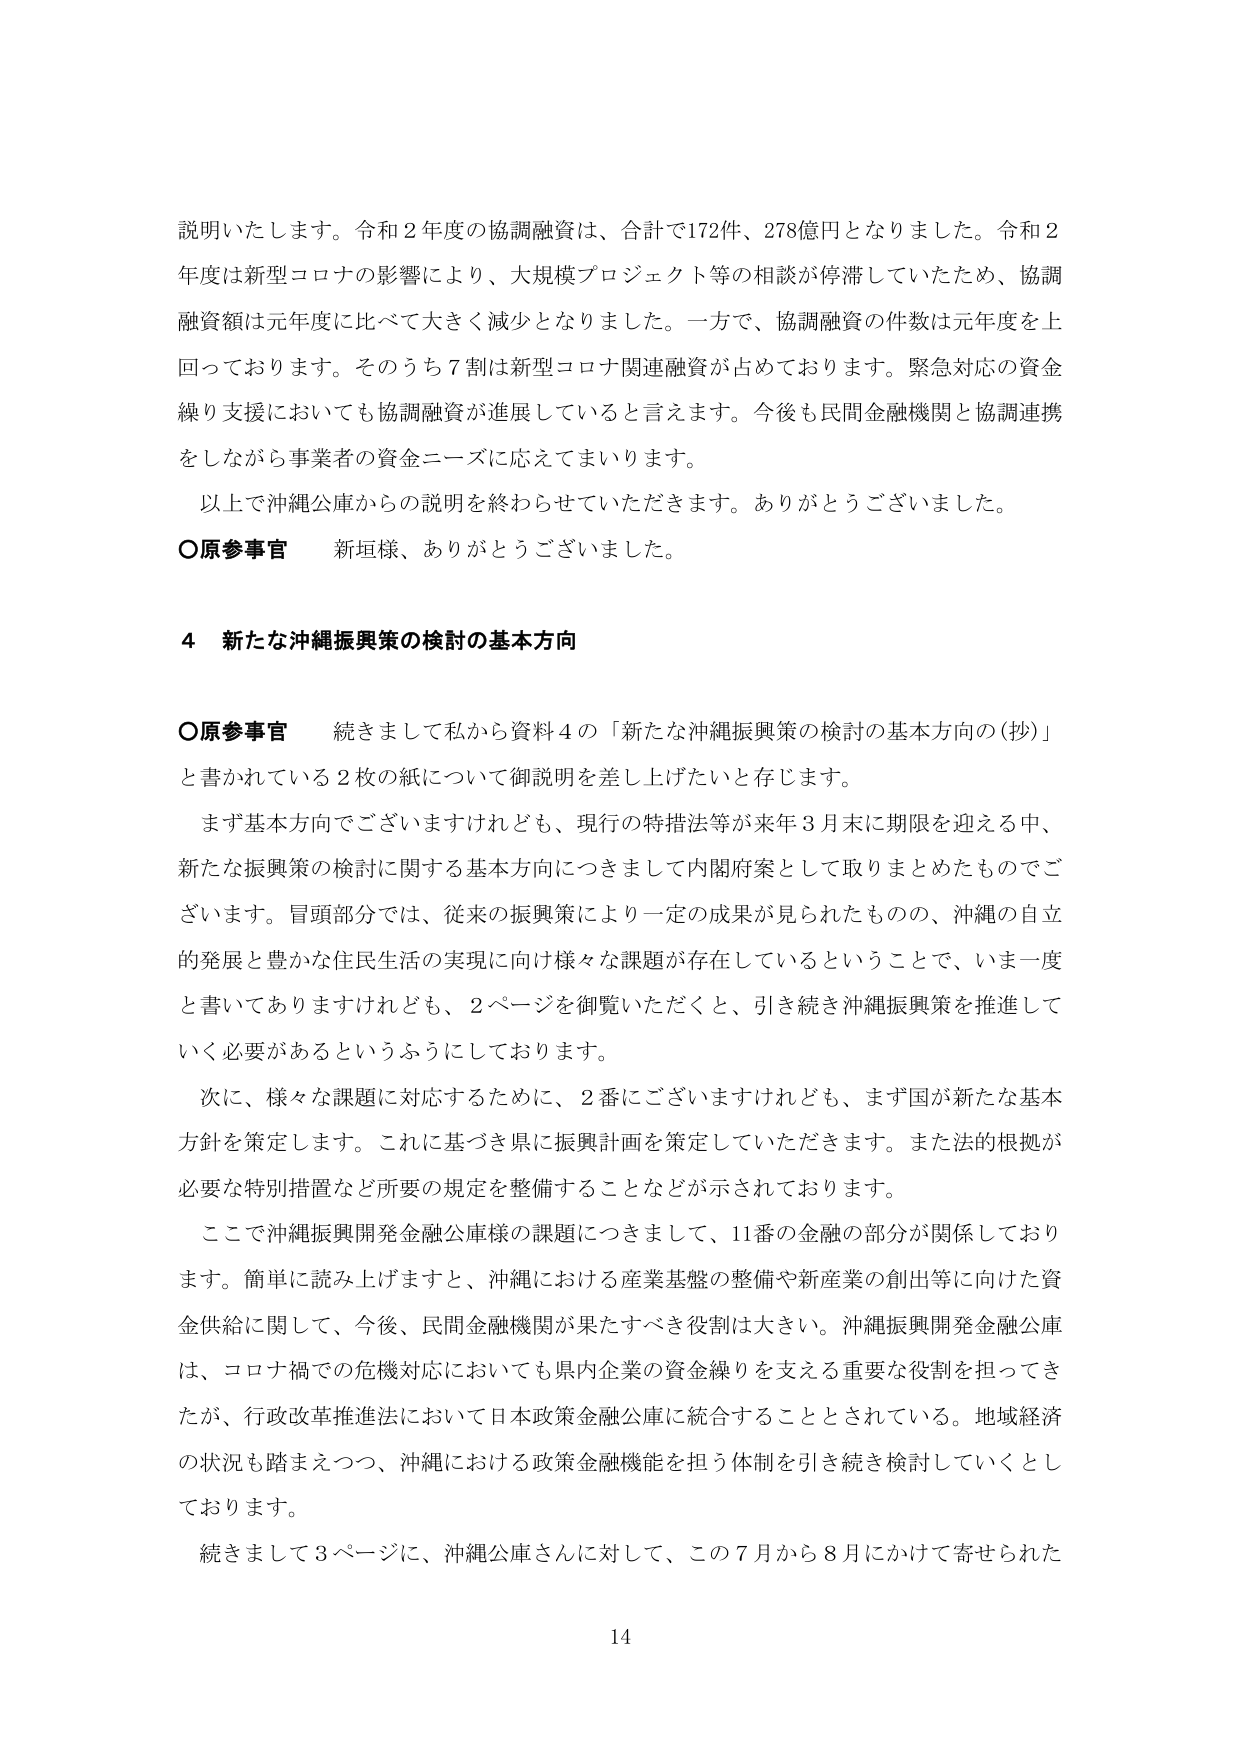
説明いたします。令和２年度の協調融資は、合計で172件、278億円となりました。令和２年度は新型コロナの影響により、大規模プロジェクト等の相談が停滞していたため、協調融資額は元年度に比べて大きく減少となりました。一方で、協調融資の件数は元年度を上回っております。そのうち７割は新型コロナ関連融資が占めております。緊急対応の資金繰り支援においても協調融資が進展していると言えます。今後も民間金融機関と協調連携をしながら事業者の資金ニーズに応えてまいります。

以上で沖縄公庫からの説明を終わらせていただきます。ありがとうございました。

○原参事官　新垣様、ありがとうございました。

４　新たな沖縄振興策の検討の基本方向

○原参事官　続きまして私から資料４の「新たな沖縄振興策の検討の基本方向の（抄）」と書かれている２枚の紙について御説明を差し上げたいと存じます。

まず基本方向でございますけれども、現行の特措法等が来年３月末に期限を迎える中、新たな振興策の検討に関する基本方向につきまして内閣府案として取りまとめたものでございます。冒頭部分では、従来の振興策により一定の成果が見られたものの、沖縄の自立的発展と豊かな住民生活の実現に向け様々な課題が存在しているということで、いま一度と書いてありますけれども、２ページを御覧いただくと、引き続き沖縄振興策を推進していく必要があるというふうにしております。

次に、様々な課題に対応するために、２番にございますけれども、まず国が新たな基本方針を策定します。これに基づき県に振興計画を策定していただきます。また法的根拠が必要な特別措置など所要の規定を整備することなどが示されております。

ここで沖縄振興開発金融公庫様の課題につきまして、11番の金融の部分が関係しております。簡単に読み上げますと、沖縄における産業基盤の整備や新産業の創出等に向けた資金供給に関して、今後、民間金融機関が果たすべき役割は大きい。沖縄振興開発金融公庫は、コロナ禍での危機対応においても県内企業の資金繰りを支える重要な役割を担ってきたが、行政改革推進法において日本政策金融公庫に統合することとされている。地域経済の状況も踏まえつつ、沖縄における政策金融機能を担う体制を引き続き検討していくとしております。

続きまして３ページに、沖縄公庫さんに対して、この７月から８月にかけて寄せられた

14